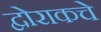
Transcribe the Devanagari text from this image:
द्वोराकचे